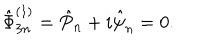
\hat { \Phi } _ { 3 n } ^ { ( 1 ) } = \hat { P } _ { n } + i \hat { \psi } _ { n } = 0 .